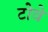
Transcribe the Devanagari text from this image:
टोवे